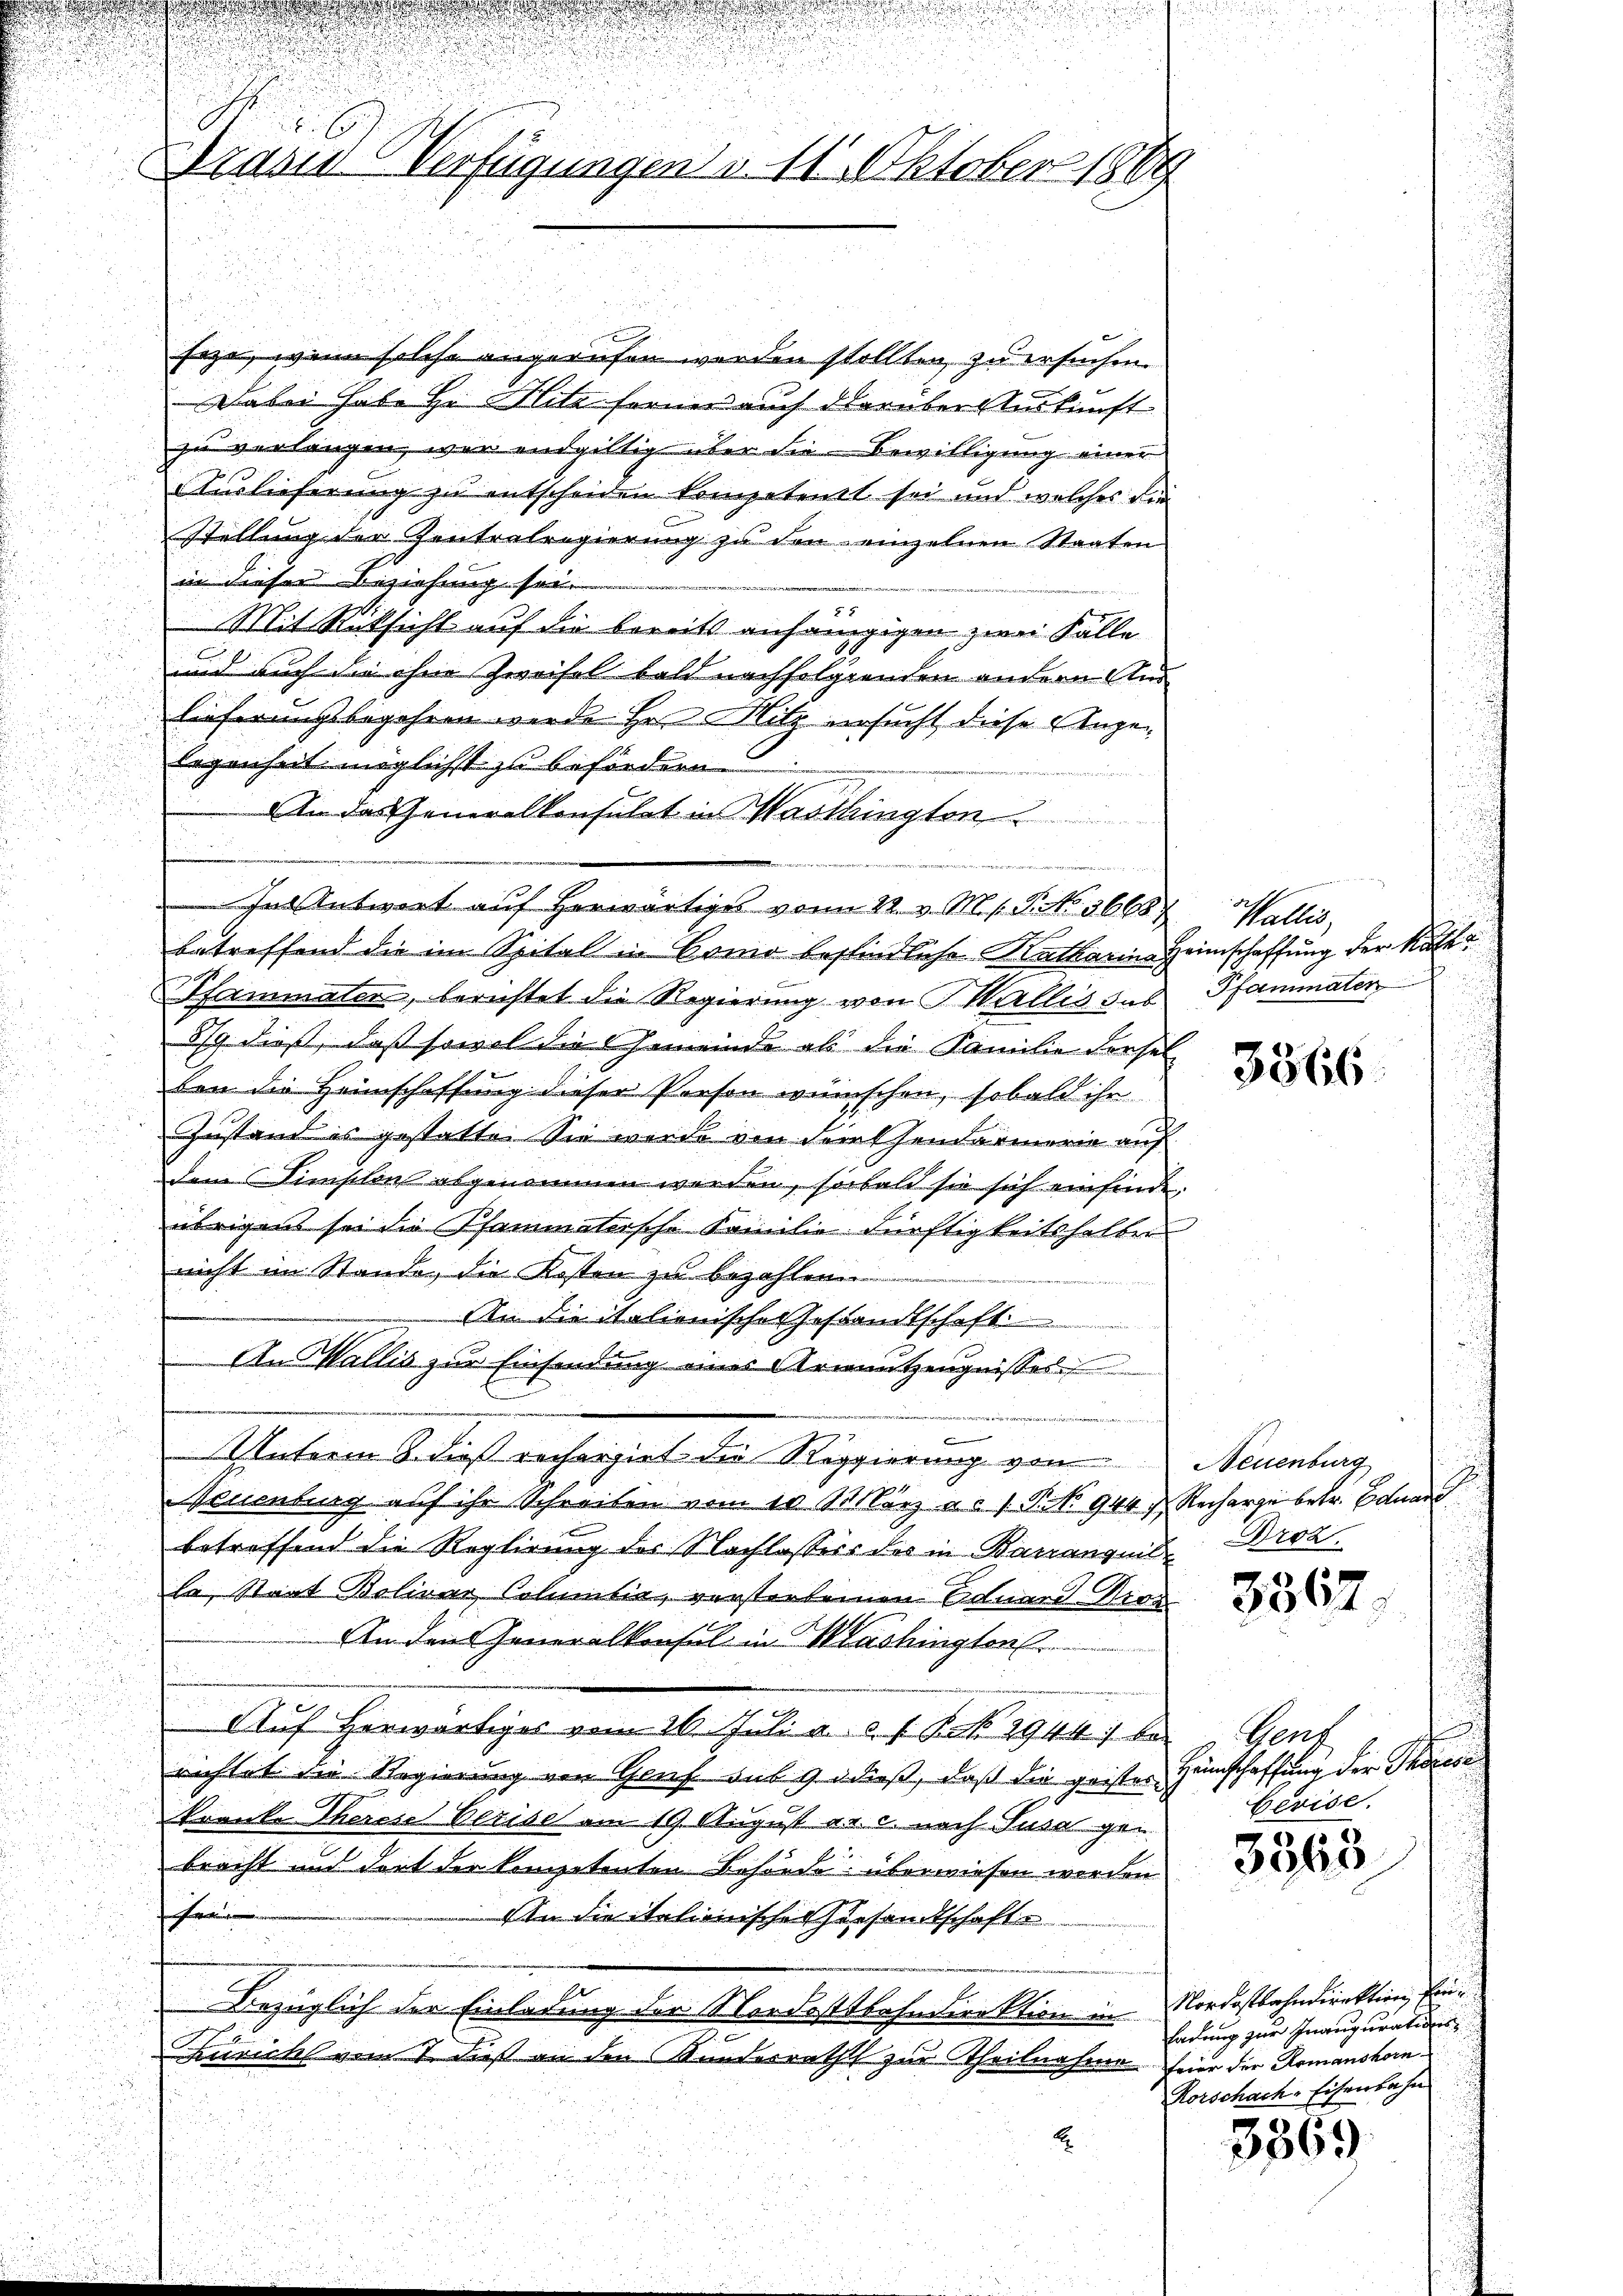
Brand Verfügungen v. 11. Oktober 1869

feze, wenn solche angerufen werden sollten, zu ersuchen.
Dabei habe Hr. Flite ferner auch darüber Auskunft
zu verlangen, war endgültig über die Bewilligung einer
Auslieferung zu entscheiden kompetent sei und welches die
Stellung der Zentrelregierung zu den einzelnen Staaten
in dieser Beziehung sei.
Mit Rücksicht auf die bereits anhängigen zwei Fälle
und auch die ohne Zweifel bald nachfolgenden andern Aus
Einferungsbegehren werde Hr. Mitz ersucht diese Ange¬
Eegenheit möglichst zu befördern
An das Generalkonsulat in Waschington
betreffend die im Spital in Como befindliche Katharin Heimschaffung der Kutt
Pfammeler, berichtet die Regierung von Wallis das Pfammater
3/9 dieß, daß sowol die Gemeinde als die Familie dersel
ben die Heimschaffung dieser Peesen wünschen, sobald ihr
Zustand es gestatte. Sie wurde von Ferkhendarmerie auf
dem Sinischon abgenommen werden, sobald sie sich einfinde;
übrigen sei die Phammatische Familie dürftigkeitshalber
nicht im Stande, die Kosten zu bezahlen.
An die italienische Gestandtschaft
Am Wallis zur Einsendung eines Armutzengnisses
d
Unterm 8. dieß rechargiet die Reggierung von
Neuenburg auf ihr Schreiben vom 10 10 März a. f. P. Nr. 944 Recharge betr. Eduard
betreffend die Reglirung des Nachlassers des in Barranquis Droz
la, Staat Bolivar Columbia, versterbenen Eduard Kron
An den Generalkonsul in Mashington
Auf herwärtiges vom 26. Juli a. c. 1 Pct. 2944) bei Genz
richtet die Regierung von Genf sub 9 dieß, daß die geister Heimschaffung der Thorese
kranke Therese berise am 19. August er. c. nach Susa gebracht und dort der kompetenten Behörde überwiesen werden
r
An die italienischen Gesandtschafte
Bezüglich der Einladung der Nordostbahndirektion in Nordostbahndirektion, Ein¬
Zuricht vom 7. daß an den Kunderrath zur Theilnahme feier der Romanshorn¬

In Antwort auf herwärtiges vom 22. v. M. h. T. No. 36687. Wallis,

E

3366.

Neuenburg

3367.

bérise.

3363

ladung zur Inaugurations
Korschach Eisenbahn

3569